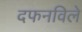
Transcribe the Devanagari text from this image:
दफनविले